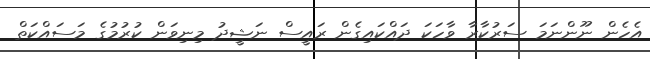
އެހެން ނޫންނަމަ ސަރުކާރާ ވާހަކަ ދައްކައިގެން ރައީސް ނަޝީދު މިނިވަން ކުރުމުގެ މަސައްކަތް